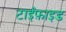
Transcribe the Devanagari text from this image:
टाईफ़ाइड